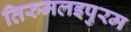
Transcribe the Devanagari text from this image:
तिरुमलइपुरम